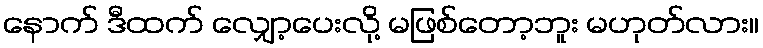
နောက် ဒီထက် လျှော့ပေးလို့ မဖြစ်တော့ဘူး မဟုတ်လား။